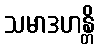
သမာဒဟန္တိ